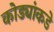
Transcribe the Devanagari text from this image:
कोड्यांकडे